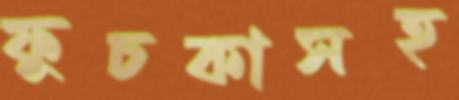
ফুচকাসহ